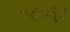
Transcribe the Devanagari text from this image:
०८०६८